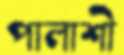
পালাশী